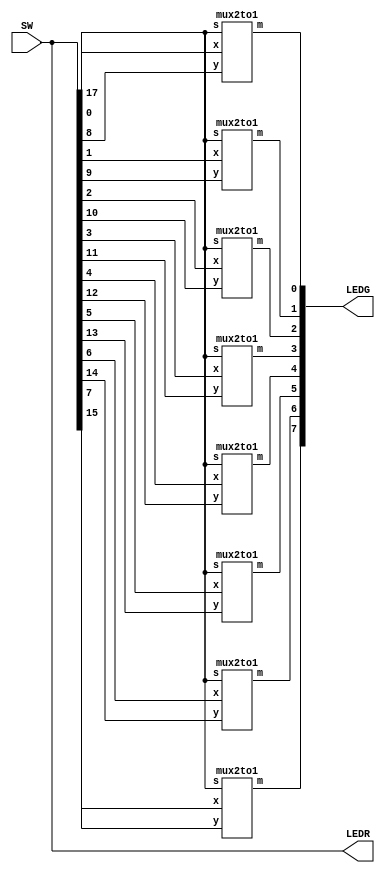
module part2(LEDR,LEDG,SW);
input [17:0]SW;
output [17:0]LEDR;
output [7:0]LEDG;
wire s;
wire [7:0]X,Y,M;
assign S=SW[17];
assign X=SW[7:0];
assign Y=SW[15:8];
assign LEDR=SW;
assign LEDG=M;
mux2to1 m7(S,X[ 7 ],Y[ 7],M[ 7]);  

mux2to1 m6(S,X[ 6 ],Y[ 6],M[ 6]);  

mux2to1 m5(S,X[ 5 ],Y[ 5],M[ 5]);  

mux2to1 m4(S,X[ 4 ],Y[ 4],M[ 4]);  

mux2to1 m3(S,X[ 3 ],Y[ 3],M[ 3]);  

mux2to1 m2(S,X[ 2 ],Y[ 2],M[ 2]);  

mux2to1 m1(S,X[ 1 ],Y[ 1],M[ 1]);  

mux2to1 m0(S,X[ 0 ],Y[ 0],M[ 0]);  
endmodule

module mux2to1(s,x,y,m);
input s,x,y;
output m;
assign m=(~s&x)|(s&y);
endmodule